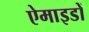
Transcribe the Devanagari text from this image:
ऐमाइडों